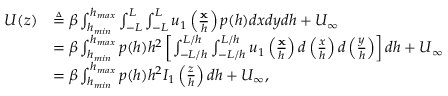
\begin{array} { r l } { U ( z ) } & { \triangleq \beta \int _ { h _ { m i n } } ^ { h _ { m a x } } \int _ { - L } ^ { L } \int _ { - L } ^ { L } u _ { 1 } \left( \frac { \mathbf { x } } { h } \right) p ( h ) d x d y d h + U _ { \infty } } \\ & { = \beta \int _ { h _ { m i n } } ^ { h _ { m a x } } p ( h ) h ^ { 2 } \left[ \int _ { - L / h } ^ { L / h } \int _ { - L / h } ^ { L / h } u _ { 1 } \left( \frac { \mathbf { x } } { h } \right) d \left( \frac { x } { h } \right) d \left( \frac { y } { h } \right) \right] d h + U _ { \infty } } \\ & { = \beta \int _ { h _ { m i n } } ^ { h _ { m a x } } p ( h ) h ^ { 2 } I _ { 1 } \left( \frac { z } { h } \right) d h + U _ { \infty } , } \end{array}